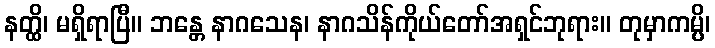
နတ္ထိ၊ မရှိရာပြီ။ ဘန္တေ နာဂသေန၊ နာဂသိန်ကိုယ်တော်အရှင်ဘုရား။ တုမှာကမ္ပိ၊